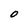
Character: o